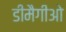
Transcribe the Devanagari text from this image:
डीमैगीओ